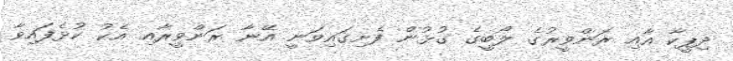
ދިޕީކާ އާއި ރަންވީރުގެ ލޯބީގެ ގުޅުން ފެށިގައިވަނީ އޭނާ ރަންވީރާއި އެކު ކުޅެފައިވާ